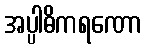
အပ္ပါဓိကရဏော